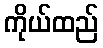
ကိုယ်ထည်